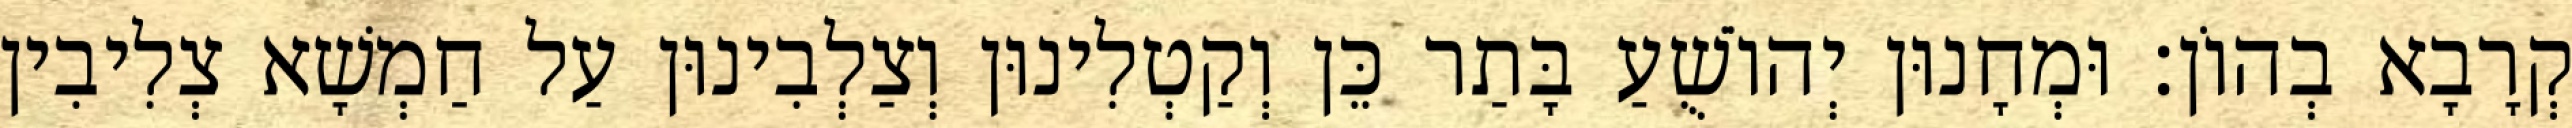
קְרָבָא בְהוֹן׃ וּמְחָנוּן יְהוֹשֻׁעַ בָּתַר כֵּן וְקַטְלִינוּן וְצַלְבִינוּן עַל חַמְשָׁא צְלִיבִין